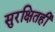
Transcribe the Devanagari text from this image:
सुरक्षितही